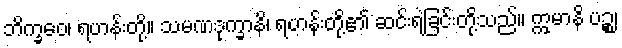
ဘိက္ခဝေ၊ ရဟန်းတို့။ သမဏဒုက္ခာနိ၊ ရဟန်းတို့၏ ဆင်းရဲခြင်းတို့သည်။ ဣမာနိ ပဉ္စ၊